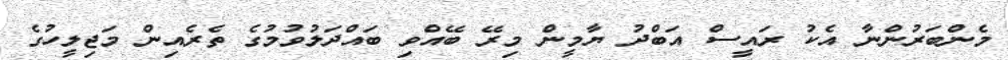
މެންބަރުންނާ އެކު ރައީސް އަބްދު ޔާމީން މިރޭ ބޭއްވި ބައްދަލުވުމުގެ ތެރެއިން މަޖިލީހުގެ